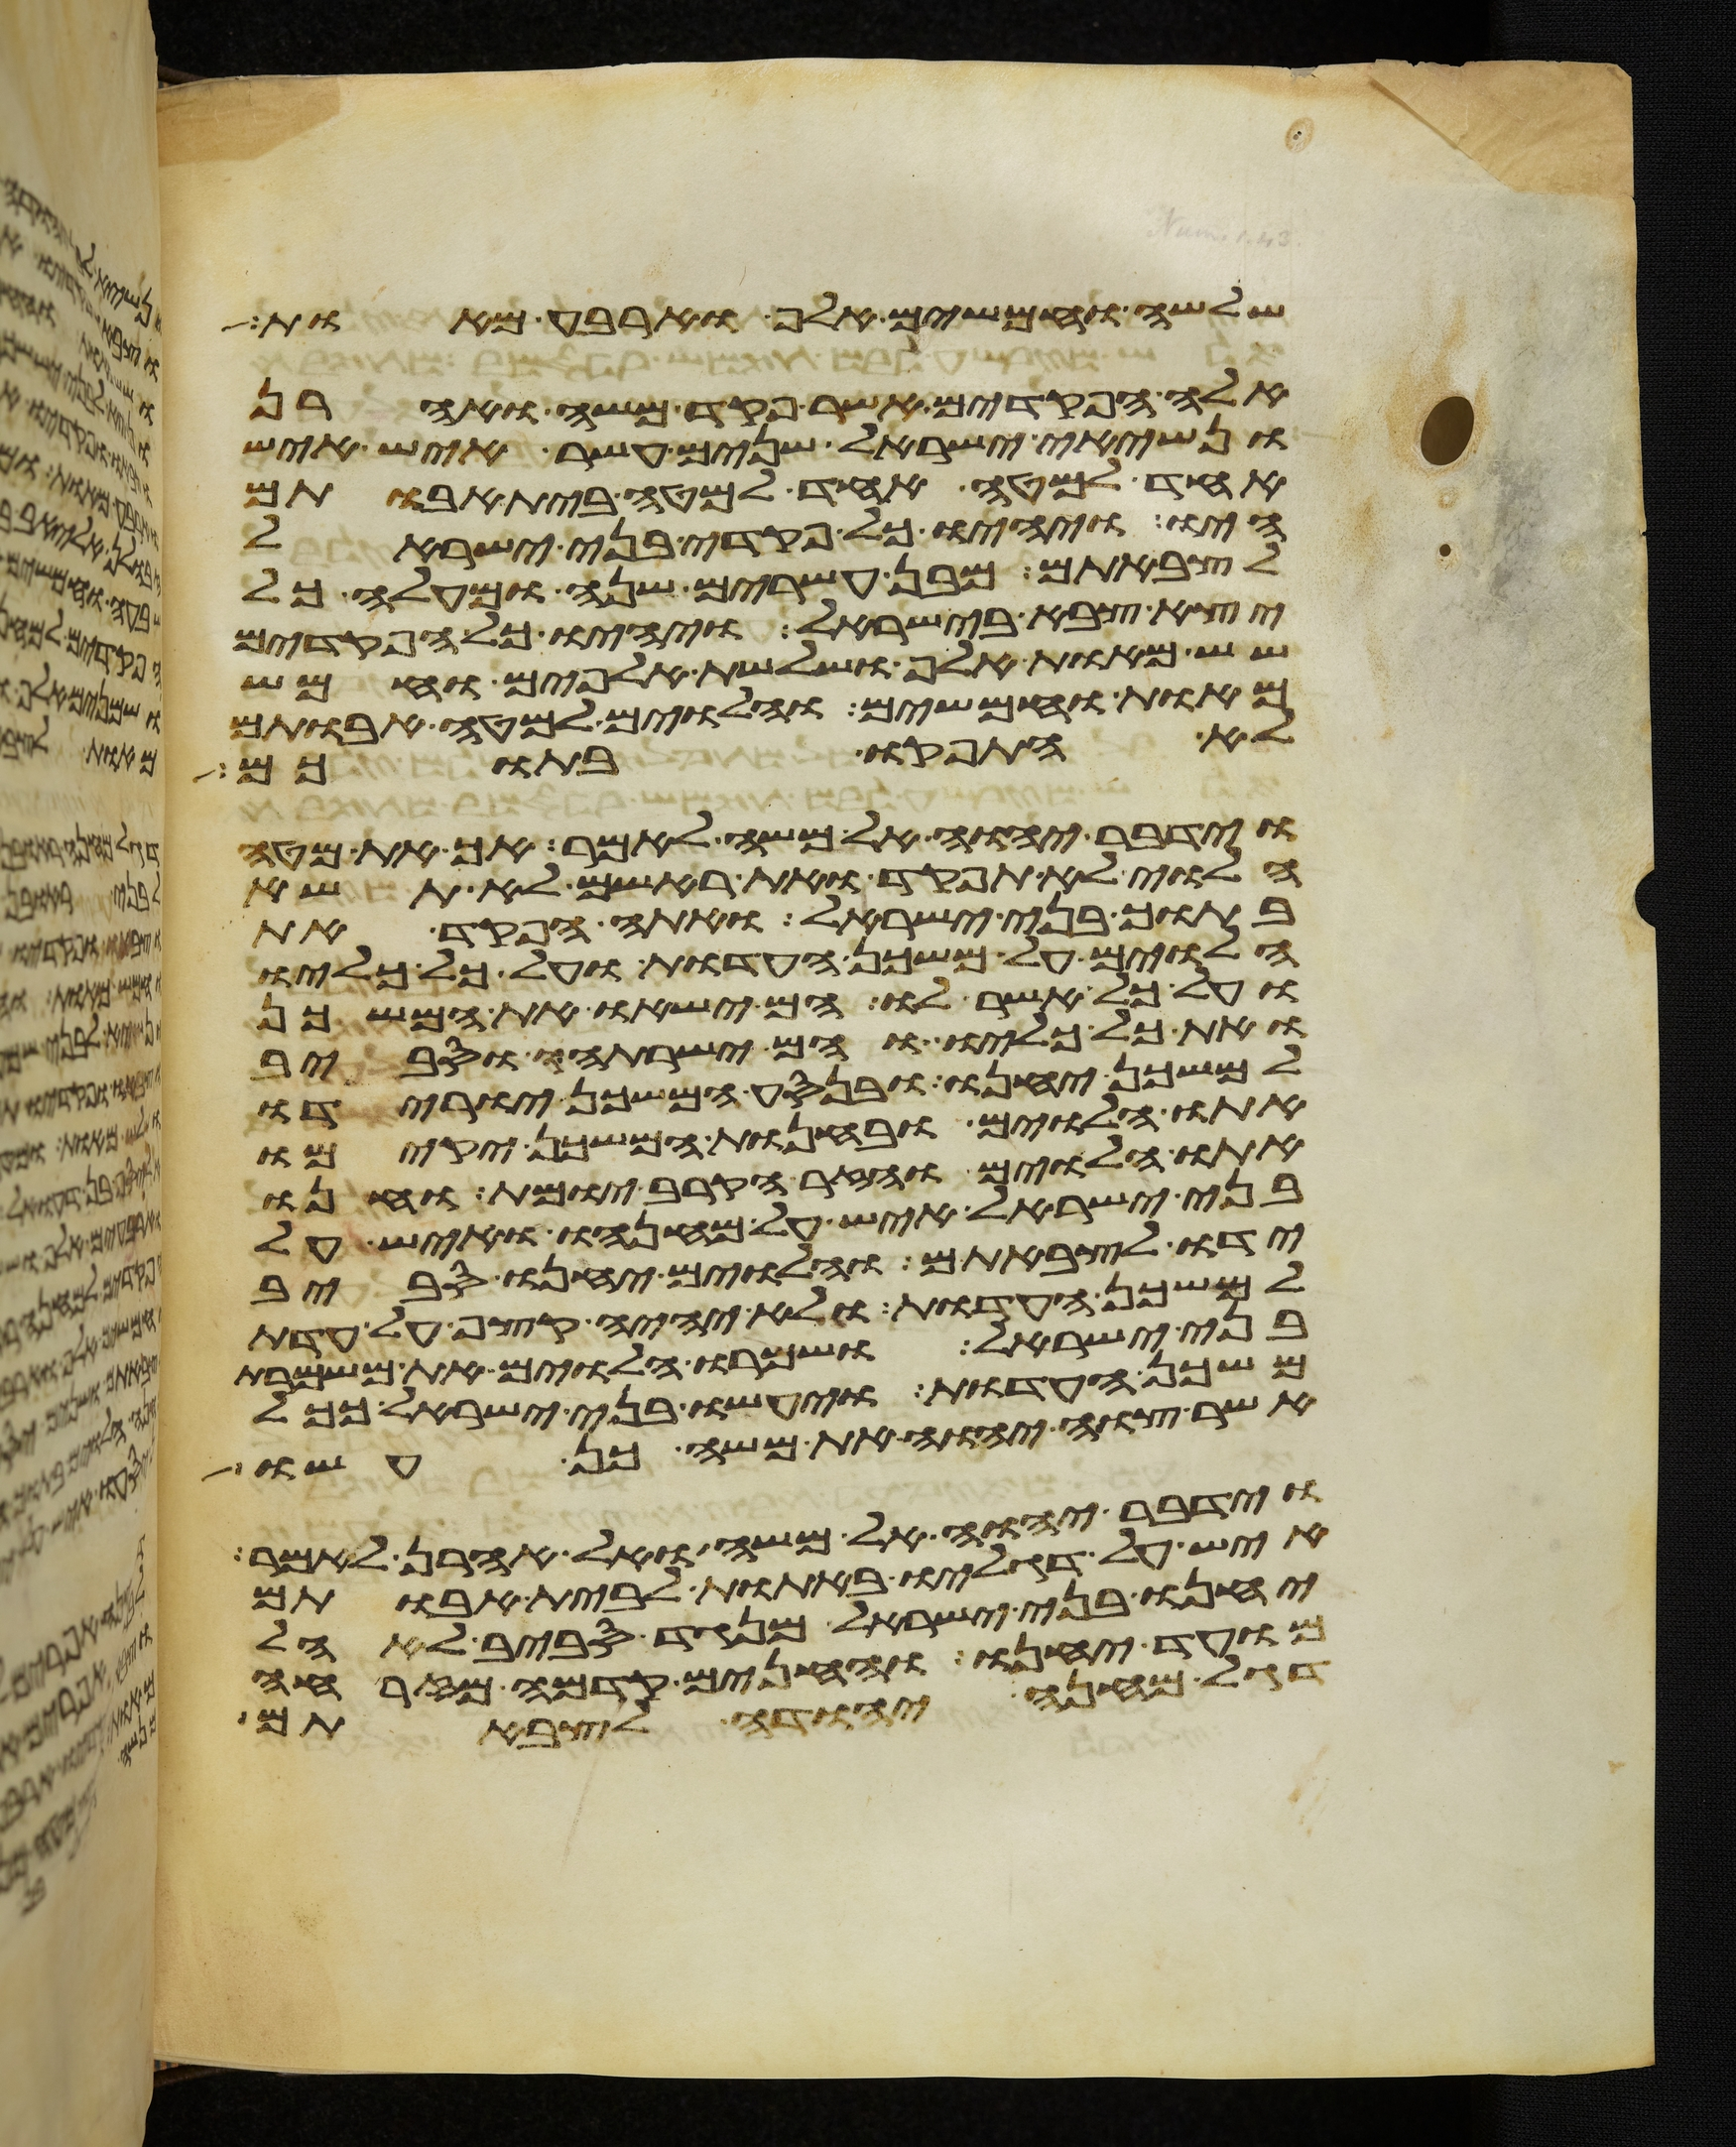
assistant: שלשה וחמשים אלף וארבע מאות
אלה הפקדים אשר פקד משה ואהרן
ונשיאי ישראל שנים עשר איש איש
אחד למטה אחד למטה בית אבותם
היו ויהיו כל פקדי בני ישראל
לצבאתם מבן עשרים שנה ומעלה כל
יצא צבא בישראל ויהיו כל הפקדים
שש מאות אלף ושלשת אלפים וחמש
מאות וחמשים והלוים למטה אבותם
לא התפקדו בתוכם
וידבר יהוה אל משה לאמר אך את מטה
הלוי לא תפקד ואת ראשם לא תשא
בתוך בני ישראל ואתה הפקד את
הלוים על משכן העדות ועל כל כליו
ועל כל אשר לו הם ישאו את המשכן
ואת כל כליו והם ישרתהו וסביב
למשכן יחנו ובנסע המשכן יורידו
אתו הלוים ובהחנות המשכן יקימו
אתו הלוים והזר הקרב יומת וחנו
בני ישראל איש על מחנהו ואיש על
ידו לצבאתם והלוים יחנו סביב
למשכן העדות ולא יהיה קצף על עדת
בני ישראל ושמרו הלוים את משמרת
משכן העדות ויעשו בני ישראל ככל
אשר צוה יהוה את משה כן עשו
וידבר יהוה אל משה ואל אהרן לאמר
איש על דגליו באתות לבית אבותם
יחנו בני ישראל מנגד סביב לאהל
מועד יחנו והחנים קדמה מזרחה
דגל מחנה יהודה לצבאתם